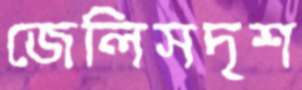
জেলিসদৃশ